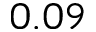
0 . 0 9